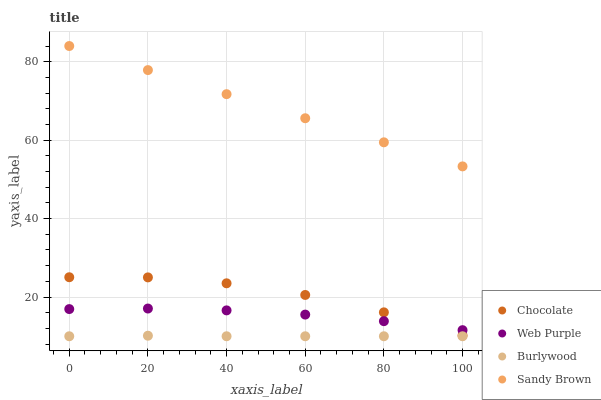
| xaxis_label | Chocolate | Web Purple | Burlywood | Sandy Brown |
 | --- | --- | --- | --- | --- |
 | 0 | 25 | 16.9 | 10 | 84 |
 | 20 | 25 | 17.1 | 10.1 | 77.9 |
 | 40 | 23.5 | 16.6 | 10 | 71.7 |
 | 60 | 20.5 | 15.5 | 10 | 65.6 |
 | 80 | 16.1 | 13.8 | 10 | 59.4 |
 | 100 | 10.2 | 11.6 | 10 | 53.3 |